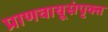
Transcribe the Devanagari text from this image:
प्राणवायूसंपृक्त